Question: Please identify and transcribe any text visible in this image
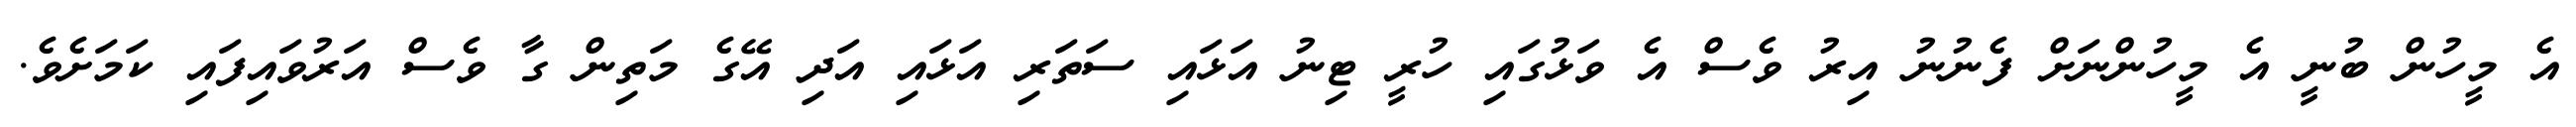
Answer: އެ މީހުން ބުނީ އެ މީހުންނަށް ފެނުނު އިރު ވެސް އެ ވަޅުގައި ހުރީ ޓިނު އަޅައި ސަތަރި އަޅައި އަދި އޭގެ މަތިން ގާ ވެސް އަރުވައިފައި ކަމަށެވެ.